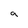
Character: 9